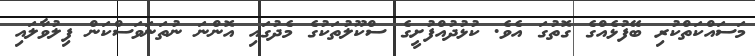
މަސައްކަތްކުރި ބޭފުޅެއްގެ ގޮތުގަ އެެވެ. ކުޅުދުއްފުށީގެ ސްކޫލުތަކުގެ މެދުގައި އޮންނަ ނުތަނަވަސްކަން ފިލުވާލައި